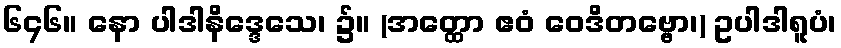
၆၄၆။ နော ပါဒါနိဒ္ဒေသေ၊ ၌။ (အတ္ထော ဧဝံ ဝေဒိတဗ္ဗော၊) ဥပါဒါရူပံ၊